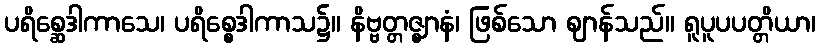
ပရိစ္ဆေဒါကာသေ၊ ပရိစ္စေဒါကာသ၌။ နိဗ္ဗတ္တဇ္ဈာနံ၊ ဖြစ်သော ဈာန်သည်။ ရူပူပပတ္တိယာ၊